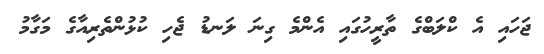
ޖަހައި އެ ކްލަބްގެ ތާރީހުގައި އެންމެ ގިނަ ލަނޑު ޖެހި ކުޅުންތެރިއާގެ މަގާމު